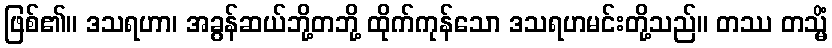
ဖြစ်၏။ ဒသရဟာ၊ အခွန်ဆယ်ဘို့တဘို့ ထိုက်ကုန်သော ဒသရဟမင်းတို့သည်။ တဿ တသ္မိံ